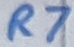
Text: R7